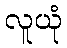
လူယုံ